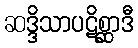
ဆဒ္ဒိသာပဋိစ္ဆာဒီ